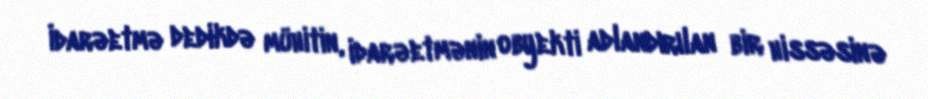
İdarəetmə dedikdə mühitin, idarəetmənin obyekti adlandırılan bir hissəsinə